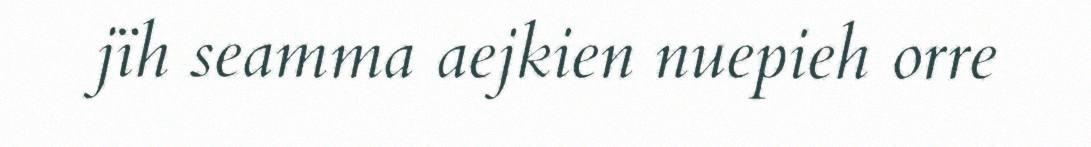
jïh seamma aejkien nuepieh orre